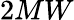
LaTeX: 2MW